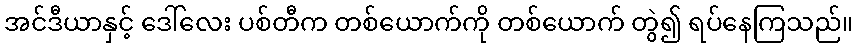
အင်ဒီယာနှင့် ဒေါ်လေး ပစ်တီက တစ်ယောက်ကို တစ်ယောက် တွဲ၍ ရပ်နေကြသည်။